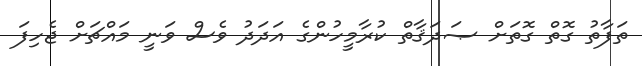
ތަފާތު ގޮތް ގޮތަށް ޞަދަޤާތް ކުރާމީހުންގެ އަދަދު ވެސް ވަނީ މައްޗަށް ޖެހިފަ